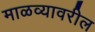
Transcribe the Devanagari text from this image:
माळव्यावरील